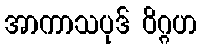
အာကာသပုဒ် ဝိဂ္ဂဟ